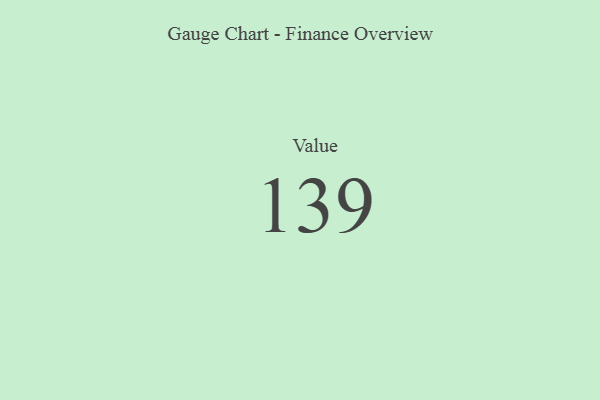
{"axis": {"x": "Metric", "y": "Value"}, "legend": [""], "data": [{"x": "Value", "y": 139, "type": ""}]}